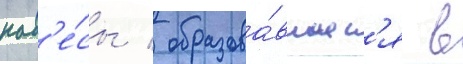
нав'е́сы / образова́вшиес'я в